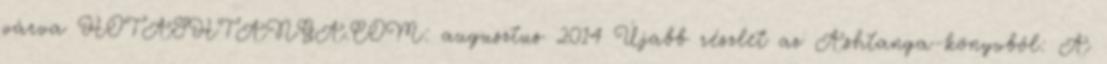
várva HOTASHTANGA.COM: augusztus 2014 Újabb részlet az Ashtanga-könyvből: A